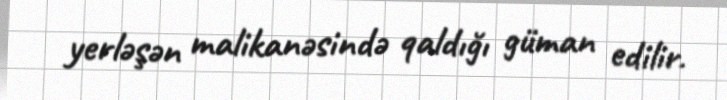
yerləşən malikanəsində qaldığı güman edilir.